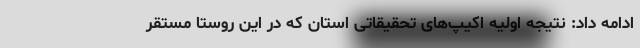
ادامه داد: نتیجه اولیه اکیپ‌های تحقیقاتی استان که در این روستا مستقر